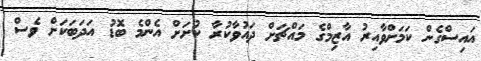
އައިސްގެން ކަމަށްވާއިރު އާޒިމްގެ މައްޗަށް ދައުވާކުރާ ކުށަށް އެންމެ ބޮޑު އަދަބަކަށް ވެސް